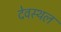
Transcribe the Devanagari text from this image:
देवस्थल